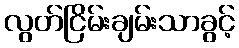
လွတ်ငြိမ်းချမ်းသာခွင့်